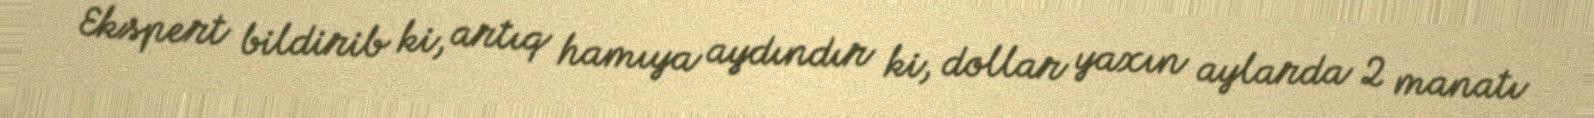
Ekspert bildirib ki, artıq hamıya aydındır ki, dollar yaxın aylarda 2 manatı